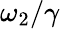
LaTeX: \omega_{2}/\gamma